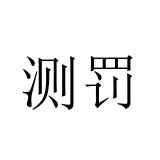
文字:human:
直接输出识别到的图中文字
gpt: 测罚